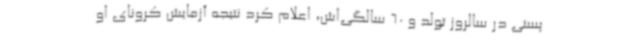
پستی در سالروز تولد و 60 سالگی‌اش، اعلام کرد نتیجه آزمایش کرونای او